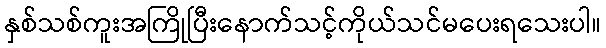
နှစ်သစ်ကူးအကြိုပြီးနောက်သင့်ကိုယ်သင်မပေးရသေးပါ။